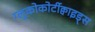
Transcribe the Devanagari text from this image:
ग्लुकोकोर्टीक्वाइड्स